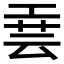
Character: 𫶮